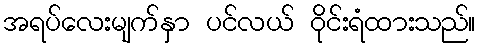
အရပ်လေးမျက်နှာ ပင်လယ် ဝိုင်းရံထားသည်။